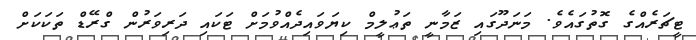
ޓީޗަރެއްގެ ގޮތުގައެވެ. މަނަދޫގައި ޒަމާނީ ތަޢުލީމް ކިޔަވައިދެއްވުމަށް ޓަކައި ދަރިވަރުން ގްރޭޑް ތަކަކަށް